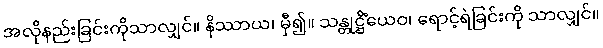
အလိုနည်းခြင်းကိုသာလျှင်။ နိဿာယ၊ မှီ၍။ သန္တုဋ္ဌိံယေဝ၊ ရောင့်ရဲခြင်းကို သာလျှင်။